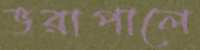
ভরাপালে